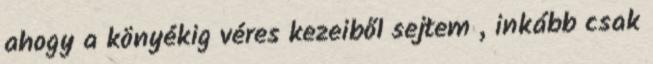
ahogy a könyékig véres kezeiből sejtem , inkább csak